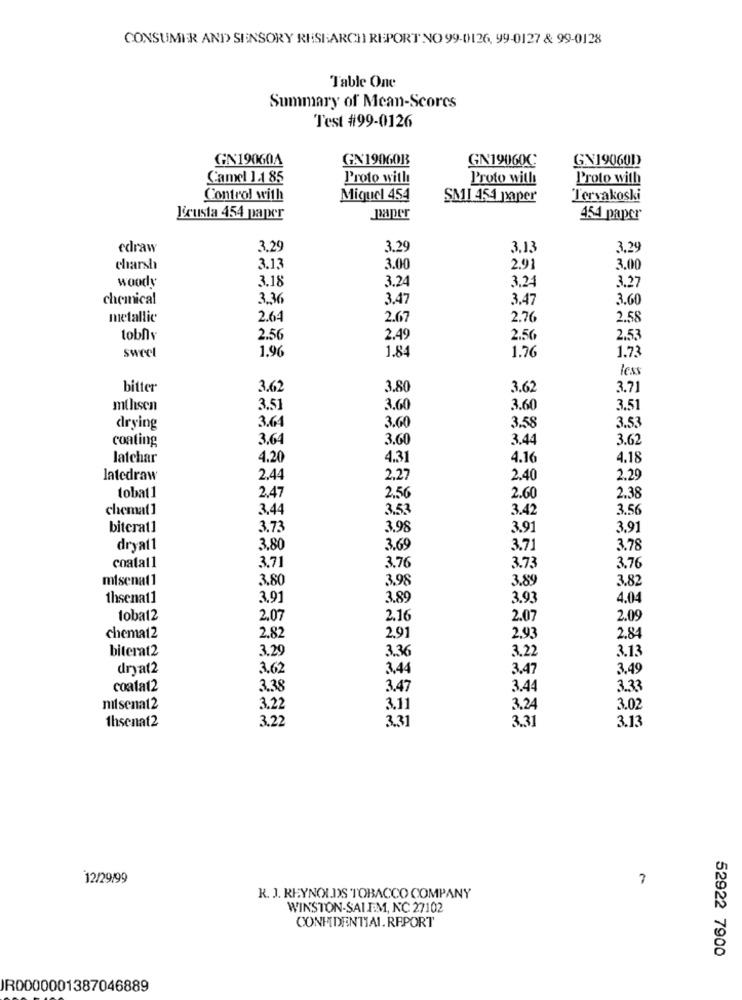
CONSUMER AND SENSORY RESEARCH REPORT NO 99-0126, 99-0127 & 99-0128
Table One
Summary of Mean-Scores
Test #99-0126
GN190604
GX19060B
GN19060C
GN190601
Camel 1.1 85
Proto with
Proto with
Proto with
Control with
Miquel 454
SMI 454 paper
Tervakoski
Lecusta 454 paper
paper
454 paper
edraw
3.29
3.29
3.13
3.29
charsh
3.13
3.00
2.91
3.00
woody
3.18
3.24
3.24
3.27
chemical
3.36
3.47
3.47
3.60
metallic
2.64
2.67
2.76
2.58
tobhv
2.56
2.49
2.56
2.53
1.84
1.70
sweet
1.96
1.73
les
bitter
3.62
3.80
3.62
3.71
mthsen
3.51
3.60
3.60
3.51
3.64
3.58
drying
3.60
3.53
coating
3.64
3.60
3.44
3.62
Jatchar
4.20
4.31
4.16
4.18
latedraw
2.44
2,27
2.40
2.29
2,47
tobat 1
2,56
2.60
2.38
chemat1
3.44
3.53
3.42
3.56
biterat1
3.73
3.98
3.91
3.91
dryat1
3.80
3.69
3.71
3.78
3.71
3.76
coatat1
3.73
3.76
misenat1
3.80
3.98
3.89
3.82
1hsenat1
3.91
3.89
3.93
4.0
toba12
2.07
2.16
2.07
2.09
chema12
2.82
2,91
2.93
2.84
biterat2
3.29
3.36
3.22
3.13
dryat2
3.62
3,44
3.47
3.49
coatat2
3.38
3.47
3.44
3.33
mitsenat2
3.22
3.11
3.24
3.02
1hsenat2
3.22
3.31
3.31
3.13
12/29/99
7
R. J. REYNOLDS TOBACCO COMPANY
WINSTON-SALEM, NC 27102
CONFIDENTIAL. REPORT
52922 7900
JR0000001387046889